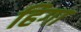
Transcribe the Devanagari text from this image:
हिगा